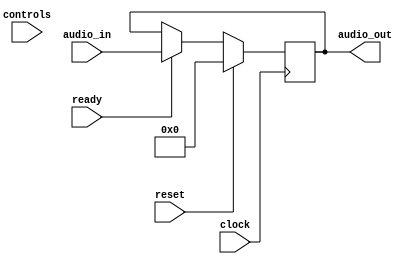
`timescale 1ns / 1ps
//////////////////////////////////////////////////////////////////////////////////
// Company: 
// Engineer: 
// 
// Design Name: 
// Module Name:    TimeMod 
// Project Name: 
// Target Devices: 
// Tool versions: 
// Description: 
//
// Dependencies: 
//
// Revision: 
// Revision 0.01 - File Created
// Additional Comments: 
//
//////////////////////////////////////////////////////////////////////////////////
module TimeMod(
    input [17:0] audio_in,
    input ready,
    input clock,
    input reset,
    input [7:0] controls,
    output reg [17:0] audio_out
    );
	always@(posedge clock) begin
		if(reset) begin
			audio_out<=18'b00_0000_0000_0000_0000;	
		end
		else if(ready) begin
			audio_out<=audio_in;
		end
	end

endmodule